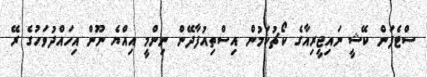
ސްޓެފަން ކޭޝީ ނައިޖީރިއާގެ ކޯޗުކަމުން އިސްތިއުފާދޭން ނިންމީ އިއްޔެ ނޫން އިހައްދުވަހުގެ ރޭ